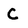
Character: C